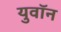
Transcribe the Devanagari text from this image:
युवॉन